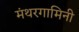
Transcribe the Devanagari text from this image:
मंथरगामिनी